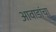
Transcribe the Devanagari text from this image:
आवाडांचा